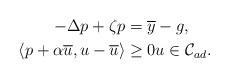
LaTeX: \begin{align*}-\Delta p +\zeta p&=\overline{y}-g,\\\langle p+\alpha \overline{u}, u-\overline{u} \rangle & \ge 0u\in \mathcal{C}_{ad}. \end{align*}